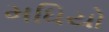
મધિયો